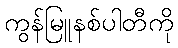
ကွန်မြူနစ်ပါတီကို